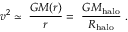
v ^ { 2 } \simeq \ \frac { G M ( r ) } { r } = \ \frac { G M _ { \mathrm { h a l o } } } { R _ { \mathrm { h a l o } } } \ .